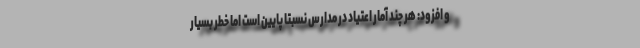
و افزود: هر چند آمار اعتیاد در مدارس نسبتا پایین است اما خطر بسیار